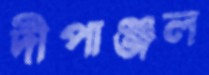
দীপাঞ্জল